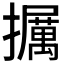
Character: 𪯁